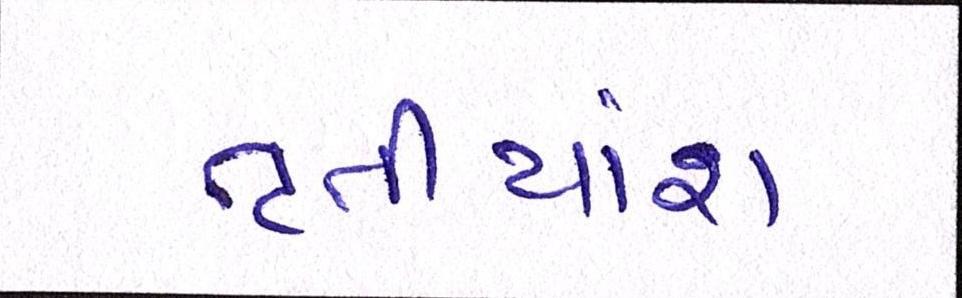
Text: તૃતીયાંશ